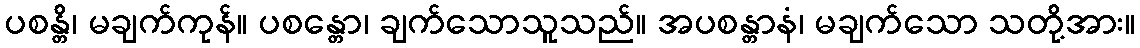
ပစန္တိ၊ မချက်ကုန်။ ပစန္တော၊ ချက်သောသူသည်။ အပစန္တာနံ၊ မချက်သော သတို့အား။